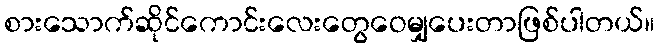
စားသောက်ဆိုင်ကောင်းလေးတွေဝေမျှပေးတာဖြစ်ပါတယ်။